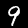
Digit: 9